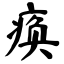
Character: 痪